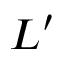
L ^ { \prime }